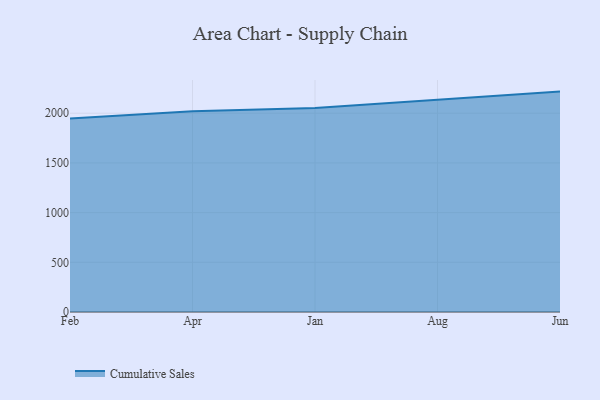
{"axis": {"x": "Month", "y": "Budget (USD K)"}, "legend": ["Cumulative Sales"], "data": [{"x": "Feb", "y": 1947.8, "type": "Cumulative Sales"}, {"x": "Apr", "y": 2019.9, "type": "Cumulative Sales"}, {"x": "Jan", "y": 2052.5, "type": "Cumulative Sales"}, {"x": "Aug", "y": 2132.4, "type": "Cumulative Sales"}, {"x": "Jun", "y": 2217.5, "type": "Cumulative Sales"}]}